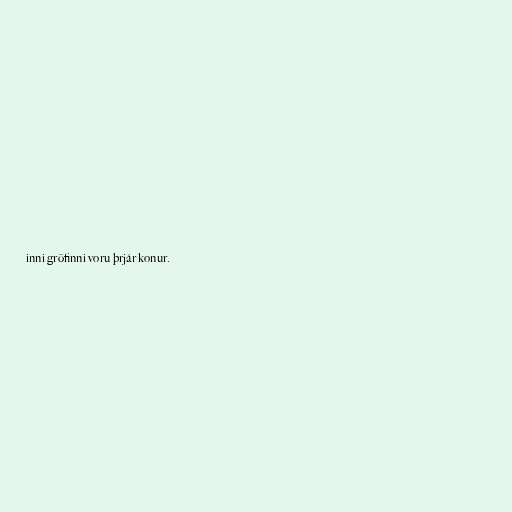
inni gröfinni voru þrjár konur.